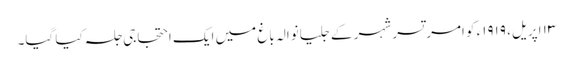
١٣ اپریل، ١٩١٩ء کو امرتسر شہر کے جلیانوالہ باغ میں ایک احتجاجی جلسہ کیا گیا۔